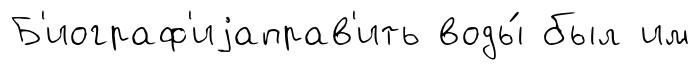
Б'иограф'иjаправ'ить воды́ был им